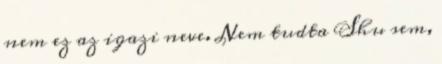
nem ez az igazi neve. Nem tudta Shu sem,